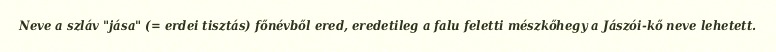
Neve a szláv "jása" (= erdei tisztás) főnévből ered, eredetileg a falu feletti mészkőhegy a Jászói-kő neve lehetett.